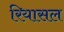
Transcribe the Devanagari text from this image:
रियासल